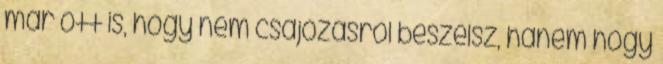
már ott is, hogy nem csajozásról beszélsz, hanem hogy